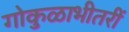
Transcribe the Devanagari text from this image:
गोकुळाभीतरीं